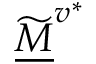
\widetilde { \underline { M } } ^ { v ^ { * } }